Mental hospitals Bombay report 1929-33 - 1929-1933
Year: 1929
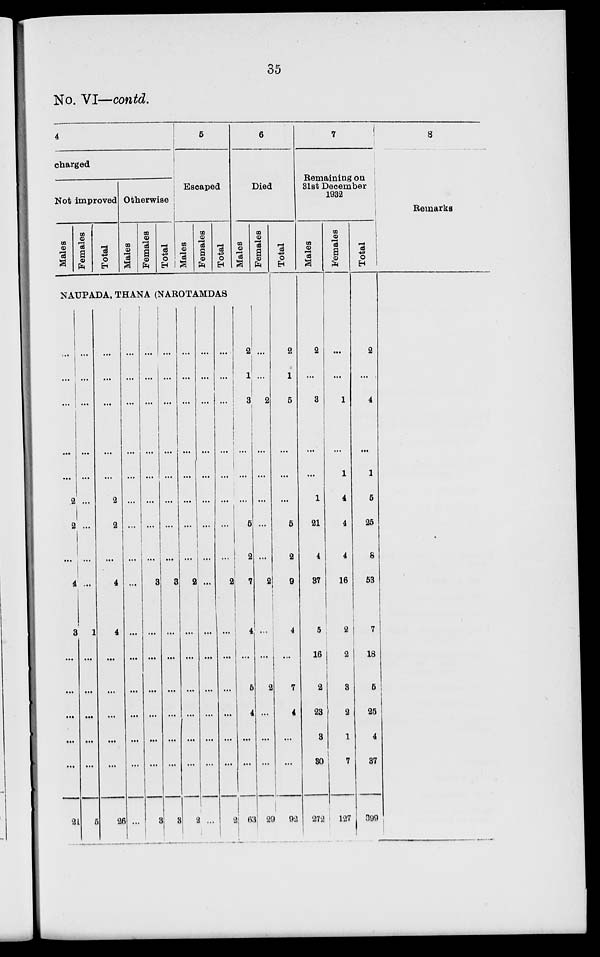
35
No. VI—contd.
4
charged
Not improved
Males
Females
Total
Otherwise
Males
Females
Total
5
Escaped
Males
Females
Total
6
Died
Males
NAUPADA, THANA (NAROTAMDAS
...
...
...
...
...
2
2
...
4
3
...
...
...
...
...
21
...
...
...
...
...
...
...
...
...
1
...
...
...
...
...
5
...
...
...
...
...
2
2
...
4
4
...
...
...
...
...
26
...
...
...
...
...
...
...
...
...
...
...
...
...
...
...
...
...
...
...
...
...
...
...
...
3
...
...
...
...
...
...
3
...
...
...
...
...
...
...
...
3
...
...
...
...
...
...
3
...
...
...
...
...
...
...
...
2
...
...
...
...
...
...
2
...
...
...
...
...
...
...
...
...
...
...
...
...
...
...
...
...
...
...
...
...
...
...
...
2
...
...
...
...
...
...
2
2
1
3
...
...
...
5
2
7
4
...
5
4
...
...
63
Females
...
...
2
...
...
...
...
...
2
...
...
2
...
...
...
29
Total
2
1
5
...
...
...
5
2
9
4
...
7
4
...
...
92
7
Remaining on
31st December
1932
Males
2
...
3
...
...
1
21
4
37
5
16
2
23
3
30
272
Females
...
...
1
...
1
4
4
4
16
2
2
3
2
1
7
127
Total
2
...
4
...
1
5
25
8
53
7
18
5
25
4
37
399
8
Remarks